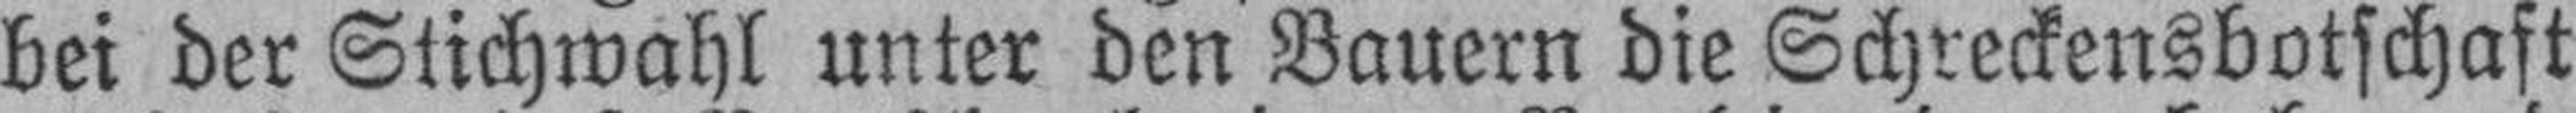
bei der Stichwahl unter den Bauern die Schreckensbotschaft